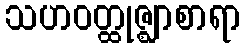
သဟဝတ္ထုဇ္ဈာစာရာ